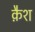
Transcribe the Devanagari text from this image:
क़ैश